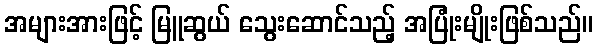
အများအားဖြင့် မြူဆွယ် သွေးဆောင်သည့် အပြုံးမျိုးဖြစ်သည်။